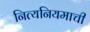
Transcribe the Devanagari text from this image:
नित्यनियमाची